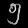
Digit: ၅